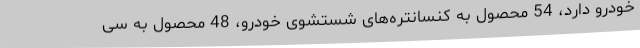
خودرو دارد، 54 محصول به کنسانتره‌های شستشوی خودرو، 48 محصول به سی